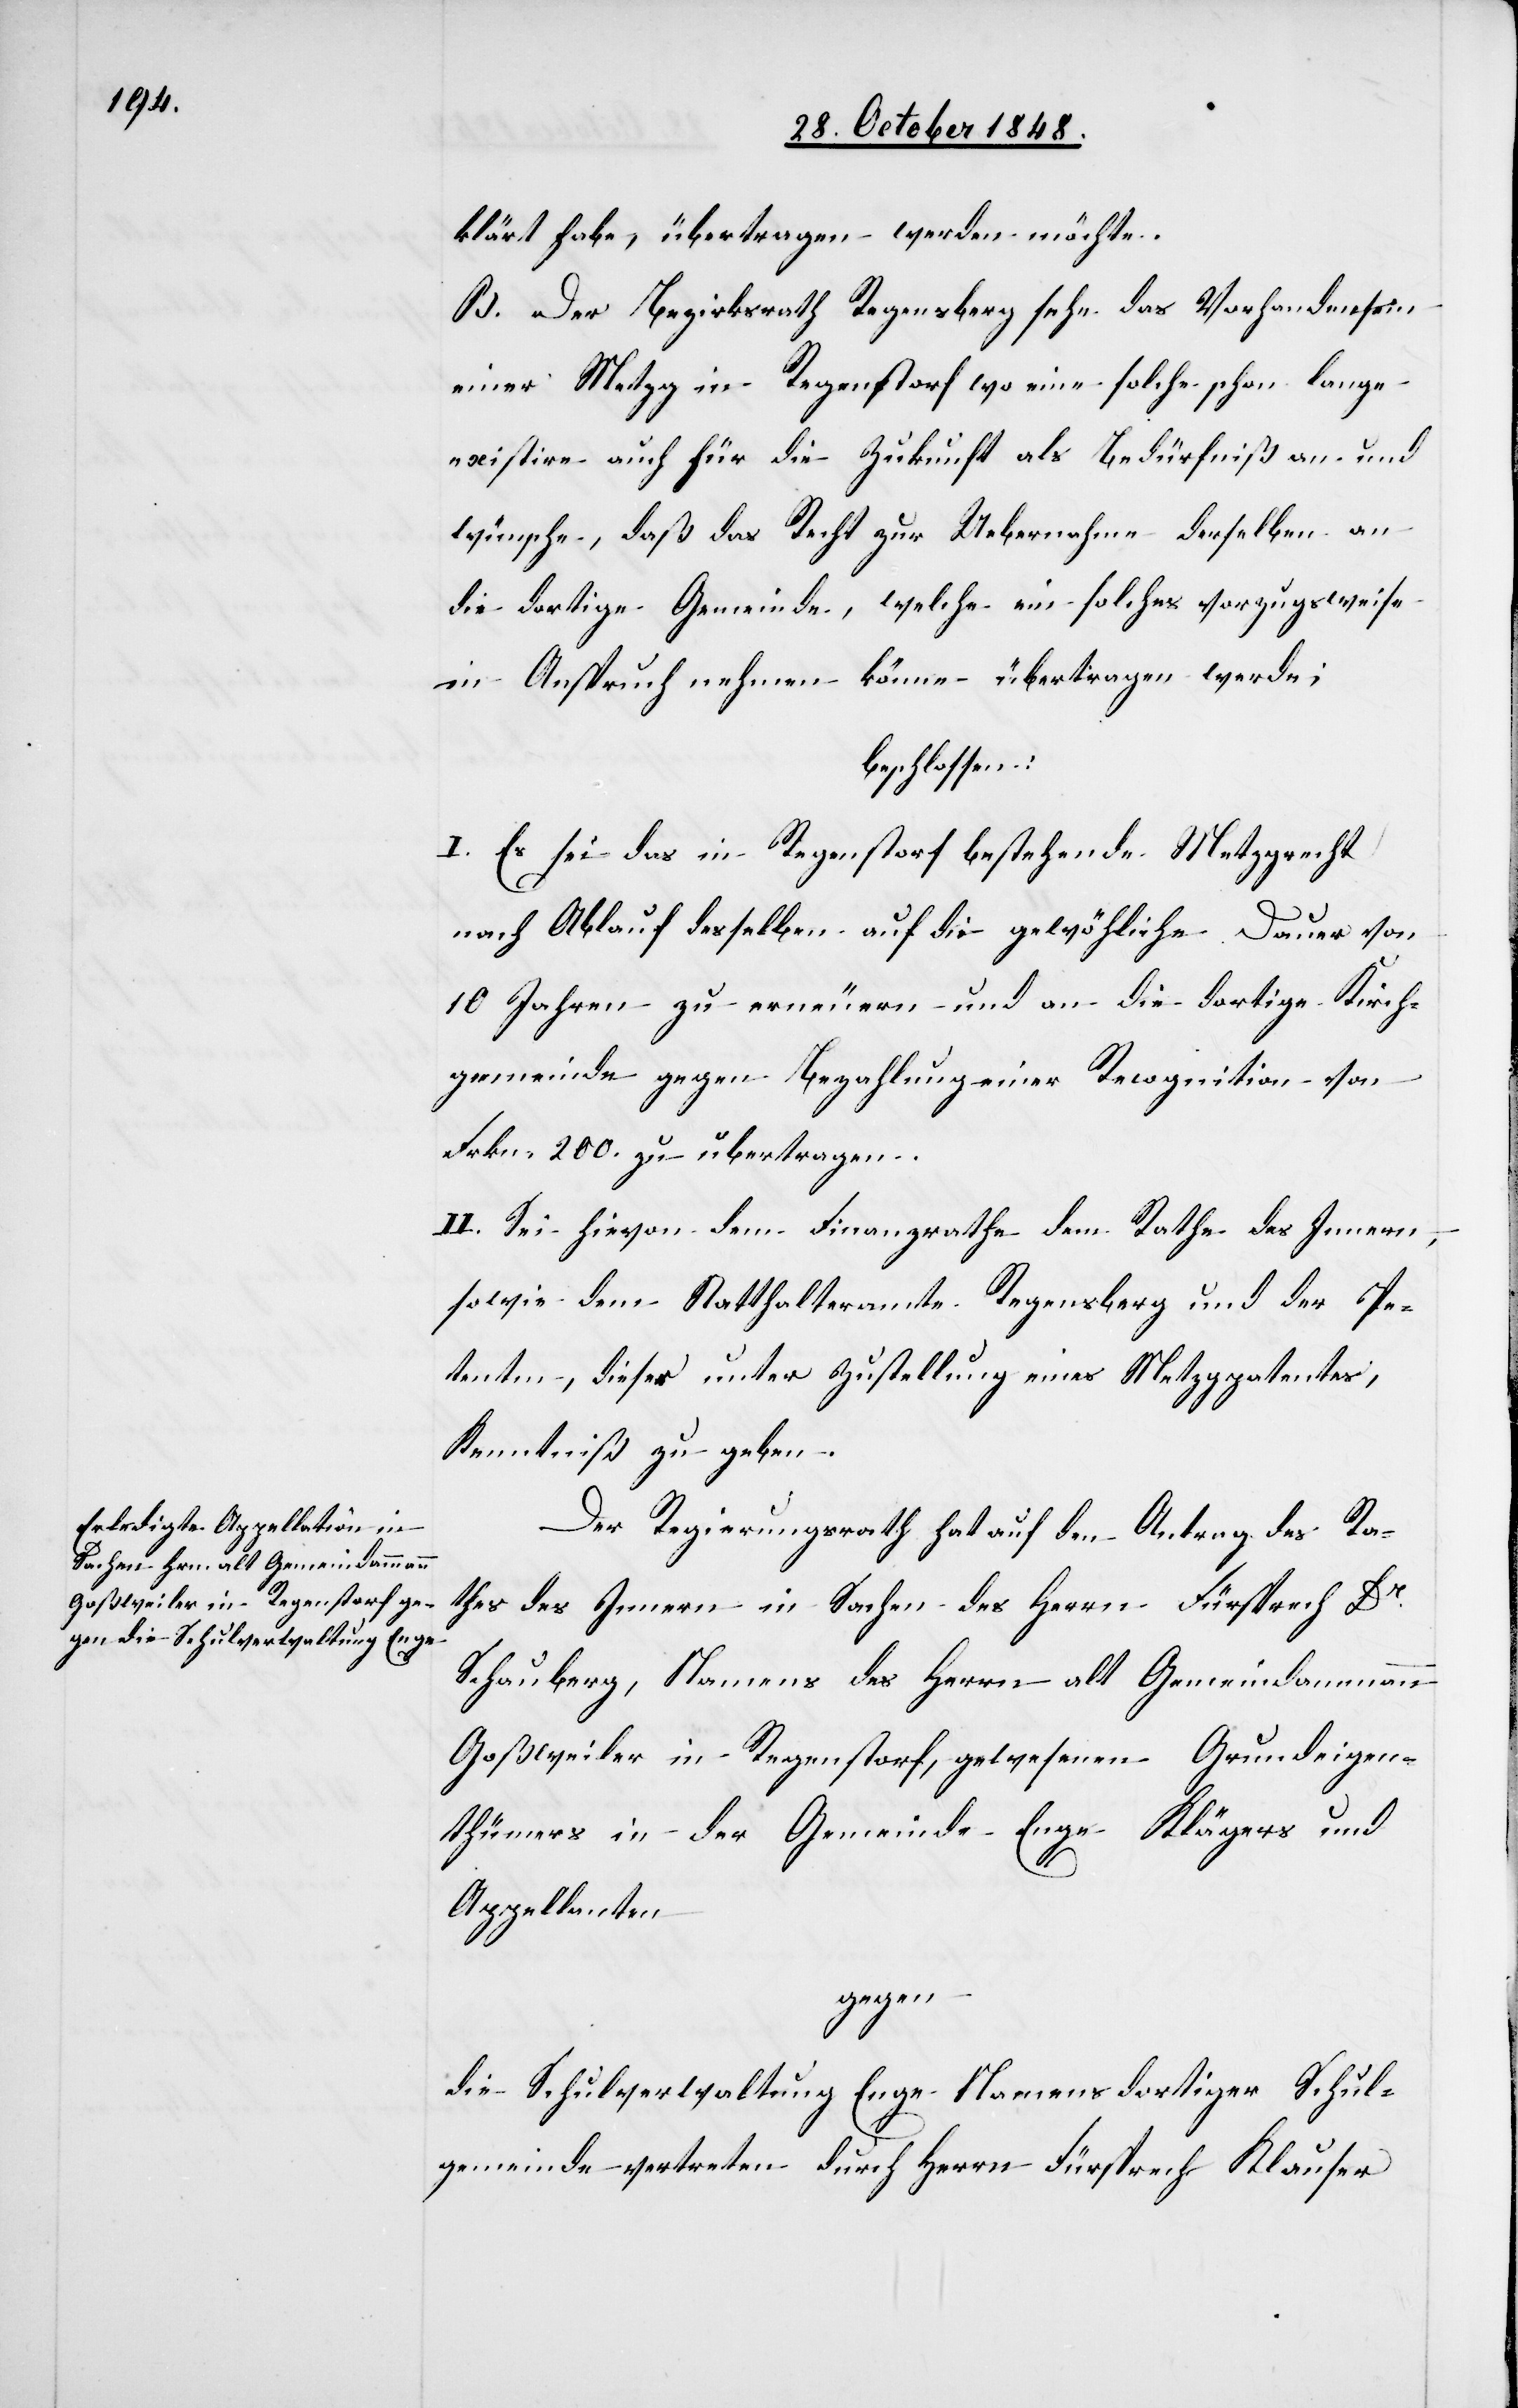
klärt habe, übertragen werden möchte.
B. Der Bezirksrath Regensberg sehe das Vorhandensein
einer Metzg in Regenstorf wo eine solche schon lange
existire auch für die Zukunft als Bedürfniß an und
wünsche, daß das Recht zur Uebernahme derselben an
die dortige Gemeinde, welche ein solches vorzugsweise
in Anspruch nehmen könne übertragen werde;
beschlossen:
I. Es sei das in Regenstorf bestehende Metzgrecht
nach Ablauf desselben auf die gewöh[n]liche Dauer von
10. Jahre zu erneuern und an die dortige Kirch¬
gemeinde gegen Bezahlung einer Recognition von
Frkn. 200. zu übertragen.
II. Sei hievon dem Finanzrathe dem Rathe des Innern,
sowie dem Statthalteramte Regensberg und der Pe¬
tenten, dieser unter Zustellung eines Metzgpatentes,
Kenntniß zu geben.
Der Regierungsrath hat auf den Antrag des Ra¬
thes des Innern in Sachen des Herrn Fürsprech Dr
Schauberg, Namens des Herrn alt Gemeindammann
Goßweiler in Regenstorf, gewesenen Grundeigen¬
thümers in der Gemeinde Enge Klägers und
Appellanten
gegen
die Schulverwaltung Enge Namens dortiger Schul¬
gemeinde vertreten durch Herrn Fürsprech Klauser